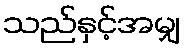
သည်နှင့်အမျှ